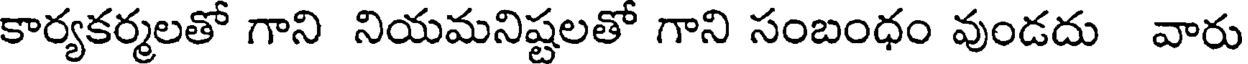
కార్యకర్మలతో గాని నియమనిష్టలతో గాని సంబంధం వుండదు వారు